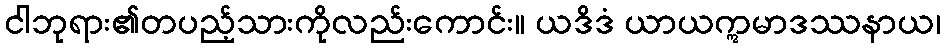
ငါဘုရား၏တပည့်သားကိုလည်းကောင်း။ ယဒိဒံ ယာယဣမာဒဿနာယ၊